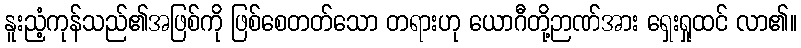
နူးညံ့ကုန်သည်၏အဖြစ်ကို ဖြစ်စေတတ်သော တရားဟု ယောဂီတို့ဉာဏ်အား ရှေးရှုထင် လာ၏။